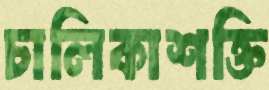
চালিকাশক্তি